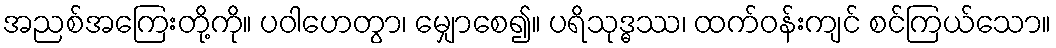
အညစ်အကြေးတို့ကို။ ပဝါဟေတွာ၊ မျှောစေ၍။ ပရိသုဒ္ဓဿ၊ ထက်ဝန်းကျင် စင်ကြယ်သော။